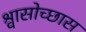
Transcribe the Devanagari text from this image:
श्वासोच्छास